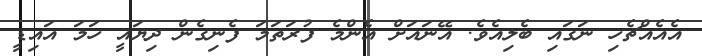
އެއެއްޗެހި ނަގައި ބެލިއެވެ. އޭނައަށް އެންމެ ފުރަތަމަ ފެނިގެން ދިޔައީ ހަމަ އައިޑީ